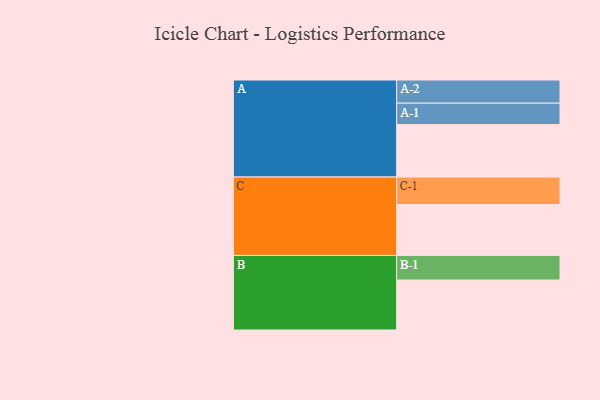
{"axis": {"x": "Segment", "y": "Value"}, "legend": ["", "A", "B", "C"], "data": [{"x": "A", "y": 555, "type": ""}, {"x": "B", "y": 529, "type": ""}, {"x": "C", "y": 538, "type": ""}, {"x": "A-1", "y": 227, "type": "A"}, {"x": "A-2", "y": 245, "type": "A"}, {"x": "B-1", "y": 260, "type": "B"}, {"x": "C-1", "y": 292, "type": "C"}]}